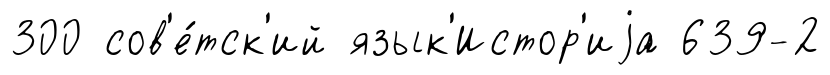
300 сов'е́тск'ий язык'Истор'иjа 639-2